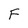
Character: F